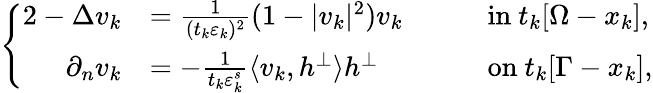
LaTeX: \left\{ \begin{array}{rlrl}{{2}-\Delta v_{k}}&{=\frac{1}{(t_{k}\varepsilon_{k})^{2}}(1-|v_{k}|^{2})v_{k}\quad}&&{\mathrm{in}\ t_{k}[\Omega-x_{k}],}\\ {\partial_{n}v_{k}}&{=-\frac{1}{t_{k}\varepsilon_{k}^{s}}\langle v_{k},h^{\perp}\rangle h^{\perp}\quad}&&{\mathrm{on}\ t_{k}[\Gamma-x_{k}],}\end{array}\right.